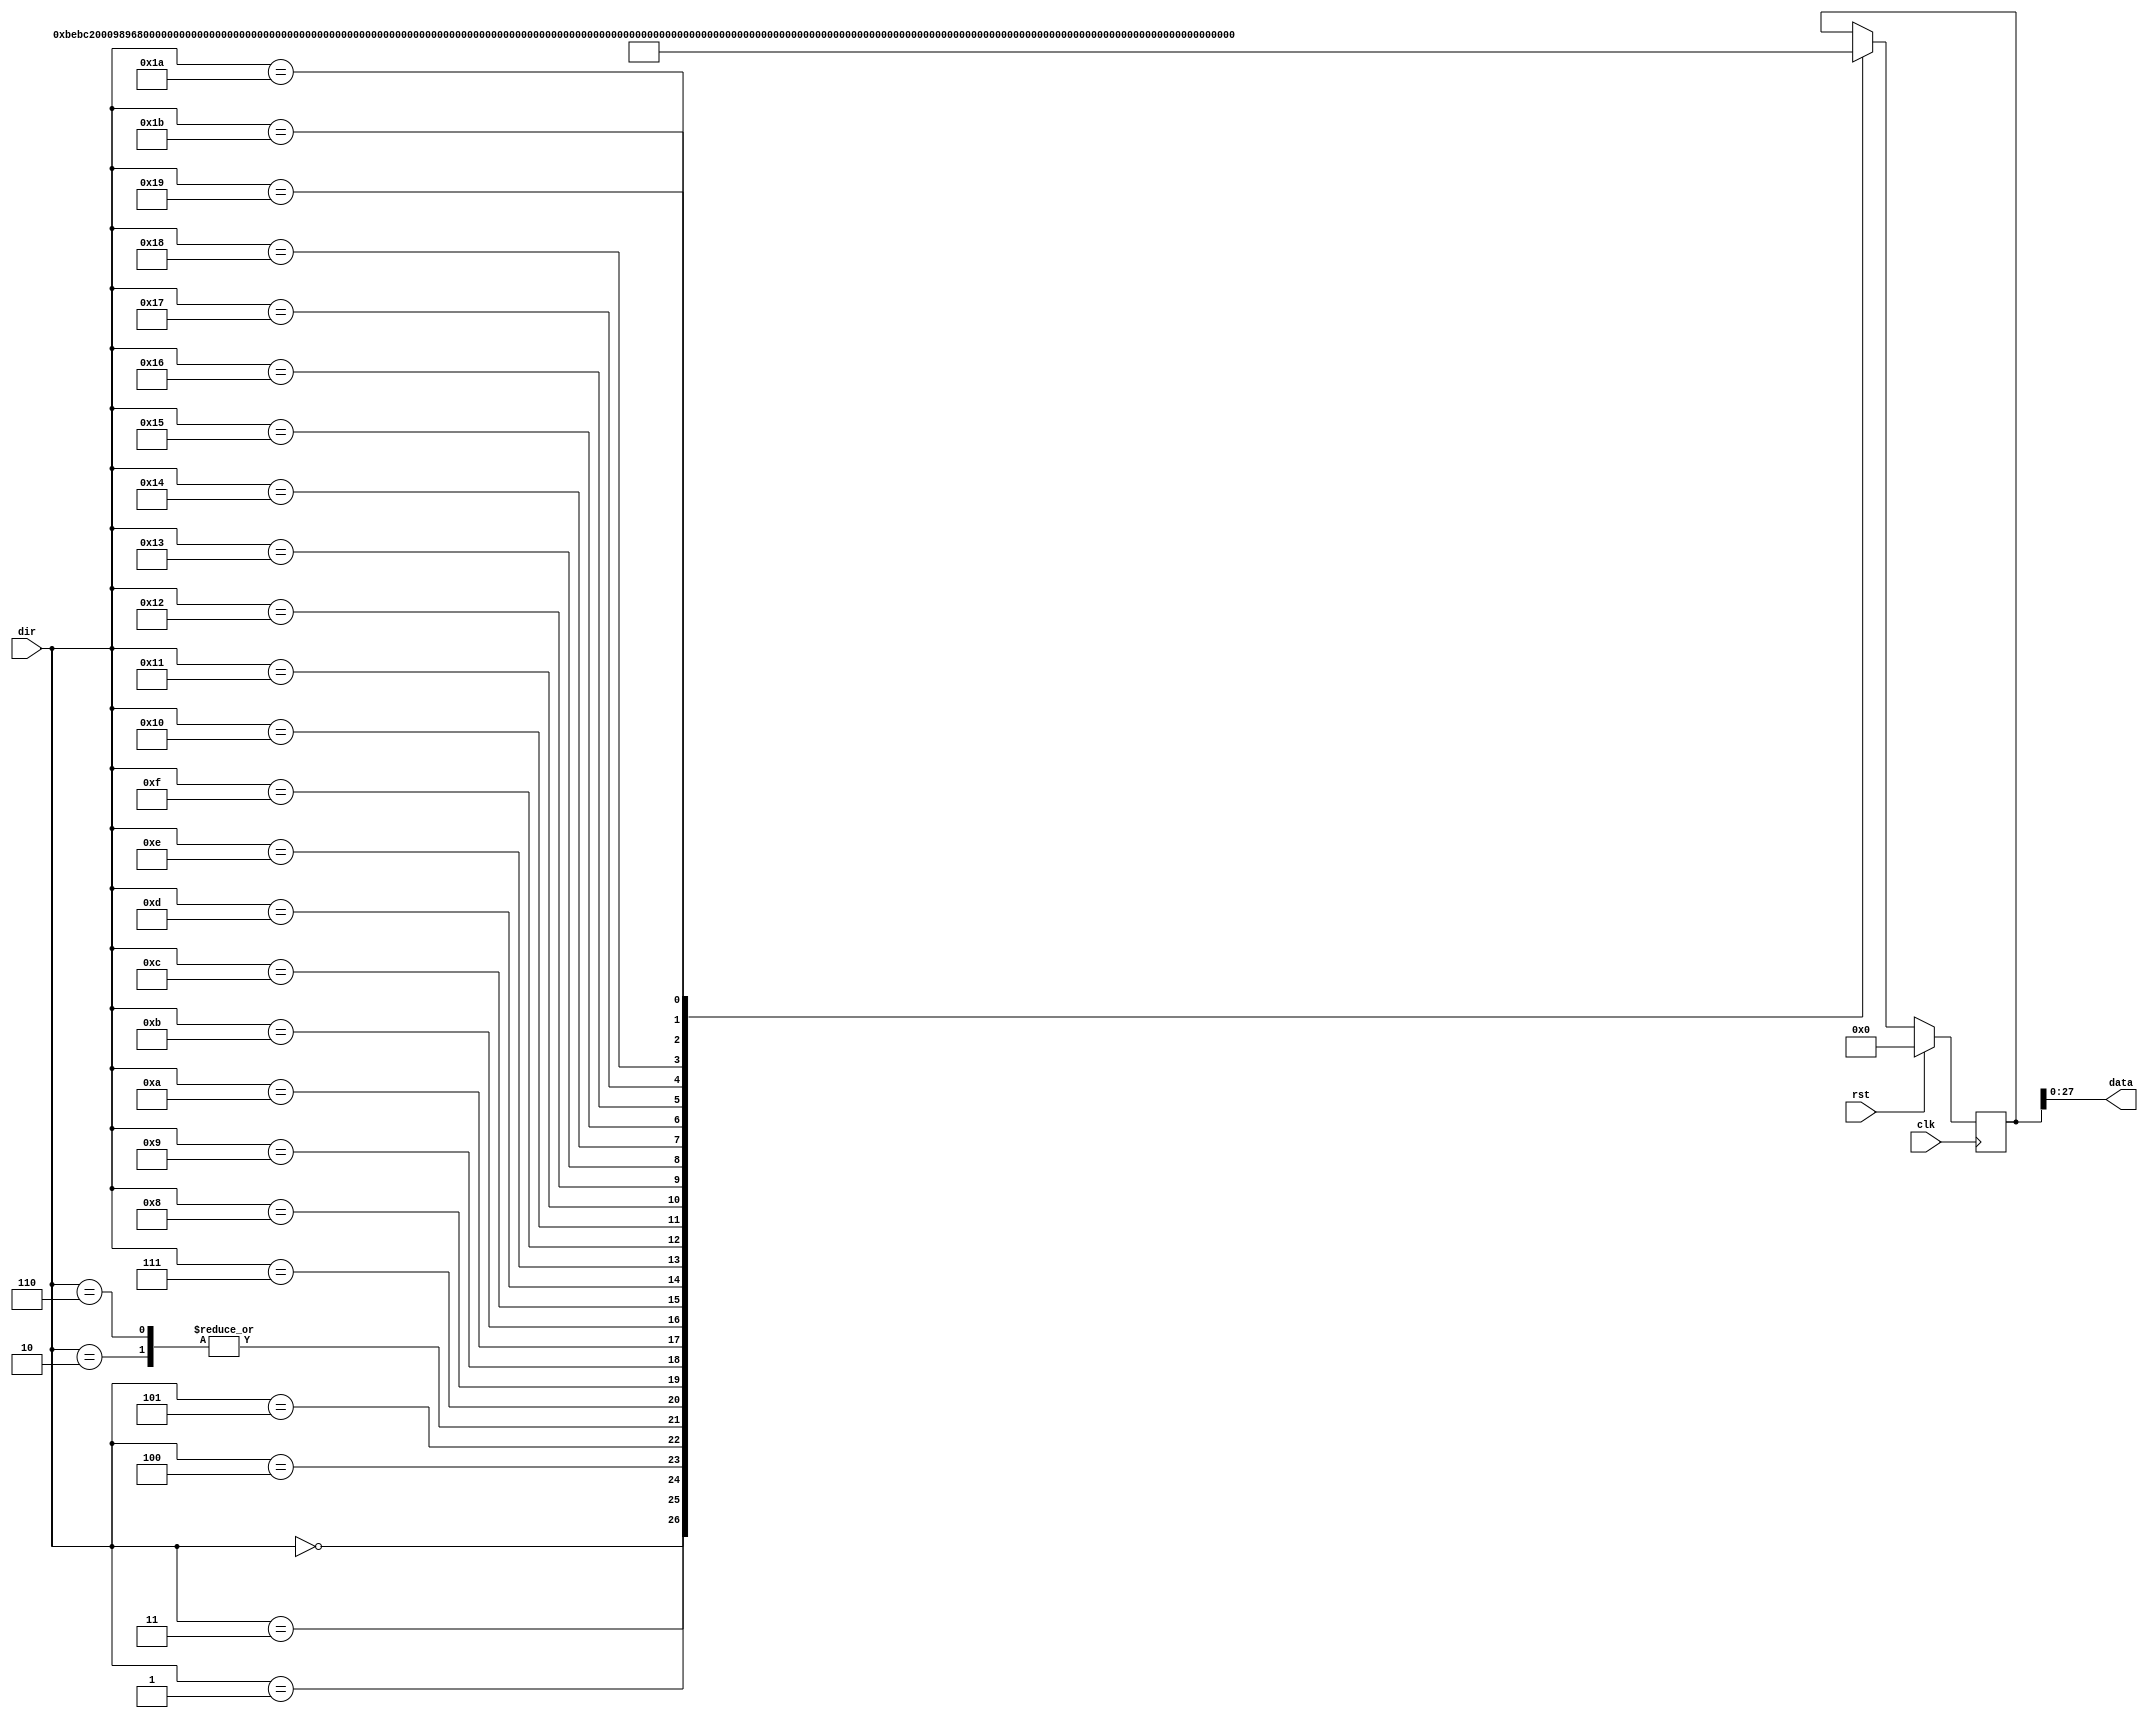
module f_select_ROM #(
	parameter width_dir = 5, // Definir el ancho de width_dir
   width_data = 28 // Definir el ancho de width_data
)(
	 input clk,
    input [width_dir-1:0] dir,
    input rst,
    output  [width_data-1:0] data
);


reg [width_data:0] datan;

always @(posedge clk)
begin
	if (rst == 1) begin
		datan = 0;
	end
	else begin
		case (dir)
        0: datan = 50_000_000; 
        1: datan = 5_000_000; 
        2: datan = 2_500_00; 
        3: datan = 2_000_000; 
        4: datan = 1_000_000; 
        5: datan = 500_000; 
        6: datan = 250_000; 
        7: datan = 200_000; 
        8: datan = 100_000; 
        9: datan = 66_667; 
        10: datan = 50_000; 
        11: datan = 5_000; 
        12: datan = 2_500; 
        13: datan = 2_000; 
        14: datan = 1_000; 
        15: datan = 665; 
        16: datan = 500; 
        17: datan = 250; 
        18: datan = 200; 
        19: datan = 100; 
        20: datan = 65; 
        21: datan = 50; 
        22: datan = 12; 
        23: datan = 10; 
        24: datan = 8; 
        25: datan = 6; 
        26: datan = 4; 
        27: datan = 2; 
		endcase
	end
end
	assign data = datan;

endmodule